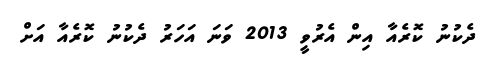
ދެކުނު ކޮރެއާ އިން އެރުވީ 2013 ވަނަ އަހަރު ދެކުނު ކޮރެއާ އަށް